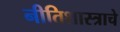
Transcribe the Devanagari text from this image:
नीतिशास्त्राचे